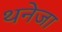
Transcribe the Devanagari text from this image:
थनेजा